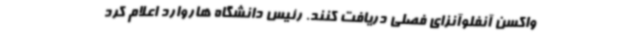
‌واکسن آنفلوآنزای فصلی دریافت کنند. رئیس دانشگاه هاروارد اعلام کرد